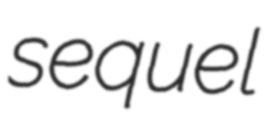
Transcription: sequel